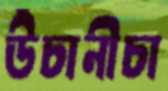
উঁচানীচা